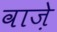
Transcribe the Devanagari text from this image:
वाजे़